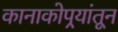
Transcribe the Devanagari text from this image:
कानाकोपर्‍यांतून